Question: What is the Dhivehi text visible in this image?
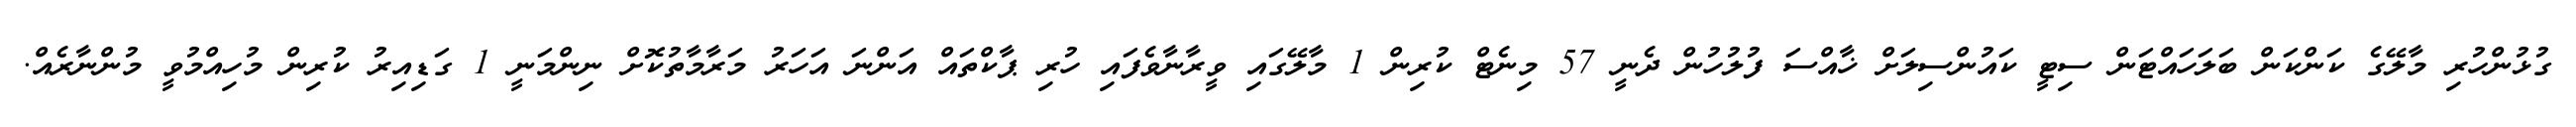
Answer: ގުޅުންހުރި މާލޭގެ ކަންކަން ބަލަހައްޓަން ސިޓީ ކައުންސިލަށް ޚާއްސަ ފުލުހުން ދެނީ 57 މިނެޓް ކުރިން 1 މާލޭގައި ވީރާނާވެފައި ހުރި ޕާކްތައް އަންނަ އަހަރު މަރާމާތުކޮށް ނިންމަނީ 1 ގަޑިއިރު ކުރިން މުހިއްމުވީ މުންނާރެއް.